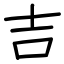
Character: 吉